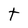
Character: t